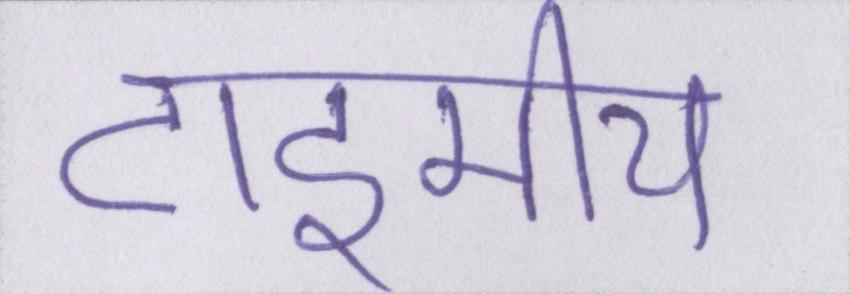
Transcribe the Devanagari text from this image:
टाइमीय